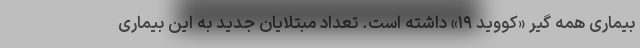
بیماری همه گیر «کووید ۱۹» داشته است. تعداد مبتلایان جدید به این بیماری